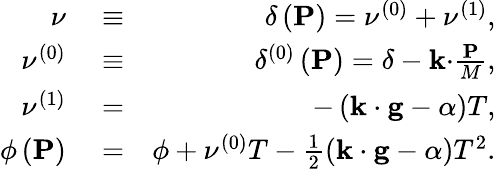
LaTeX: \begin{array}{rlr}{\nu}&{{}\equiv}&{\delta\left(\mathbf{P}\right)=\nu^{\left(0\right)}+\nu^{\left(1\right)},}\\ {\nu^{\left(0\right)}}&{{}\equiv}&{\delta^{\left(0\right)}\left(\mathbf{P}\right)=\delta-\mathbf{k\cdot}\frac{\mathbf{P}}{M},}\\ {\nu^{\left(1\right)}}&{{}=}&{-\left(\mathbf{k\cdot g}-\alpha\right)T,}\\ {\phi\left(\mathbf{P}\right)}&{{}=}&{\phi+\nu^{\left(0\right)}T-\frac{1}{2}\left(\mathbf{k\cdot g}-\alpha\right)T^{2}.}\end{array}